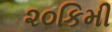
૨૦કિમી